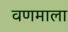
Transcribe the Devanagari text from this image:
वणमाला